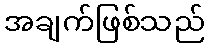
အချက်ဖြစ်သည်